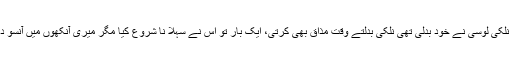
اس سے پہلے ہمیشہ نلکی لوسی نے خود بدلی تھی نلکی بدلتے وقت مذاق بھی کرتی، ایک بار تو اس نے سہلا نا شروع کیا مگر میری آنکھوں میں آنسو دیکھ کر بات بدل دی۔